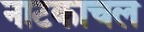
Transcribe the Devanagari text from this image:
नाटकाचल